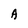
Character: A